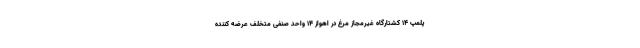
پلمپ ۱۴ کشتارگاه غیرمجاز مرغ در اهواز ۱۴ واحد صنفی متخلف عرضه کننده